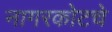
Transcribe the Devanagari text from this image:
नागरकोटचे